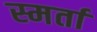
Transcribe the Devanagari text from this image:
स्मर्ता